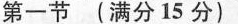
第一节 (满分15分)